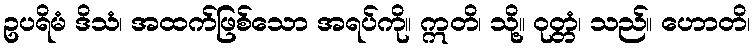
ဥပရိမံ ဒိသံ၊ အထက်ဖြစ်သော အရပ်ကို။ ဣတိ၊ သို့။ ဝုတ္တံ၊ သည်။ ဟောတိ၊